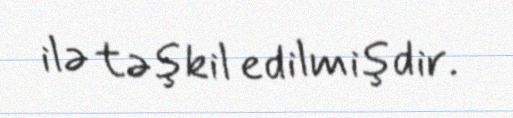
ilə təşkil edilmişdir.